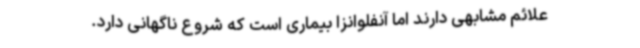
علائم مشابهی دارند اما آنفلوانزا بیماری است که شروع ناگهانی دارد.